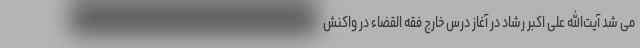
می شد آیت‌الله علی اکبر رشاد در آغاز درس خارج فقه القضاء در واکنش